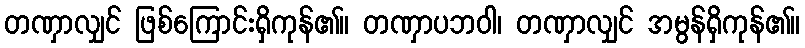
တဏှာလျှင် ဖြစ်ကြောင်းရှိကုန်၏။ တဏှာပဘဝါ၊ တဏှာလျှင် အမွန်ရှိကုန်၏။